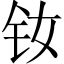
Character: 钕